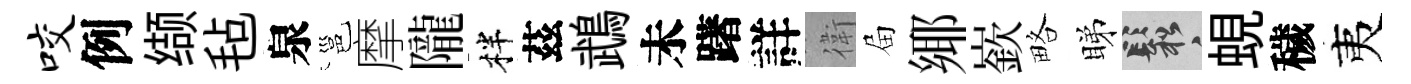
咬例缬毡泉邕摩隴柈茲鵡未躇詳衛屇鄊嶔略睇鬆蜆穢夷